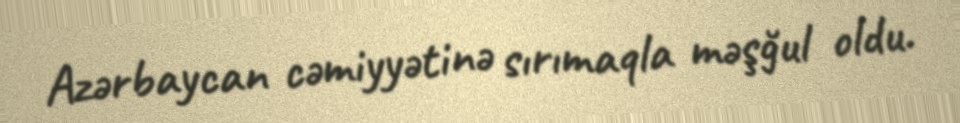
Azərbaycan cəmiyyətinə sırımaqla məşğul oldu.